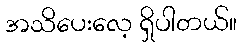
အသိပေးလေ့ ရှိပါတယ်။